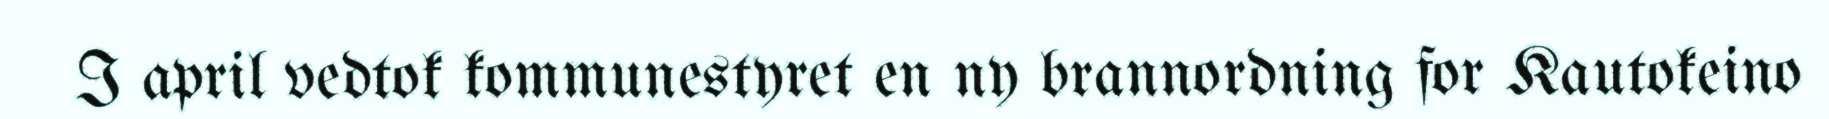
I april vedtok kommunestyret en ny brannordning for Kautokeino